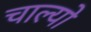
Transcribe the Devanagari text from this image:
चाल्यो